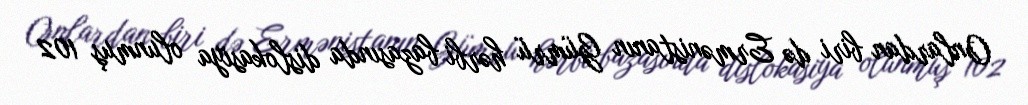
Onlardan biri də Ermənistanın Gümrü hərbi bazasında dislokasiya olunmuş 102